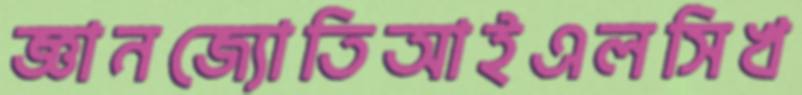
জ্ঞানজ্যোতিআইএলসিখ